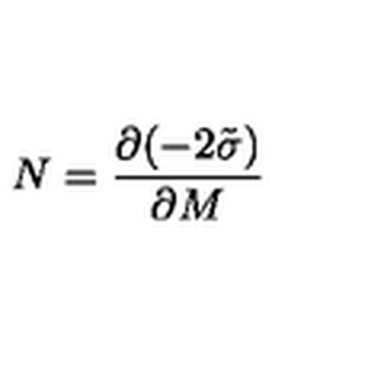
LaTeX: N = \frac { \partial ( - 2 \tilde { \sigma } ) } { \partial M }